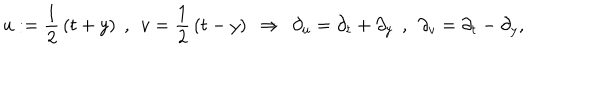
LaTeX: u : = \frac { 1 } { 2 } \, ( t + y ) \: \: , \: \: v = \frac { 1 } { 2 } \, ( t - y ) \: \: \Rightarrow \: \: \partial _ { u } = \partial _ { t } + \partial _ { y } \: \: , \: \: \partial _ { v } = \partial _ { t } - \partial _ { y } ,